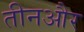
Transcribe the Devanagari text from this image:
तीनऔर